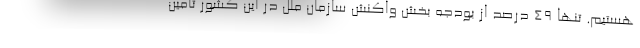
هستیم. تنها ۴۹ درصد از بودجه بخش واکنش سازمان ملل در این کشور تأمین